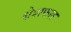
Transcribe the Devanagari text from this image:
क्षेत्राफल